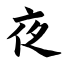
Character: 夜